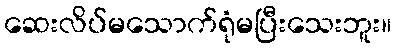
ဆေးလိပ်မသောက်ရုံမပြီးသေးဘူး။